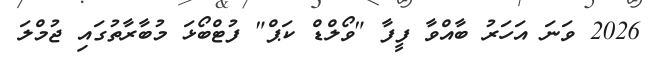
2026 ވަނަ އަހަރު ބާއްވާ ފީފާ "ވޯލްޑް ކަޕް" ފުޓްބޯޅަ މުބާރާތުގައި ޖުމްލަ